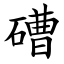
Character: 𥕢